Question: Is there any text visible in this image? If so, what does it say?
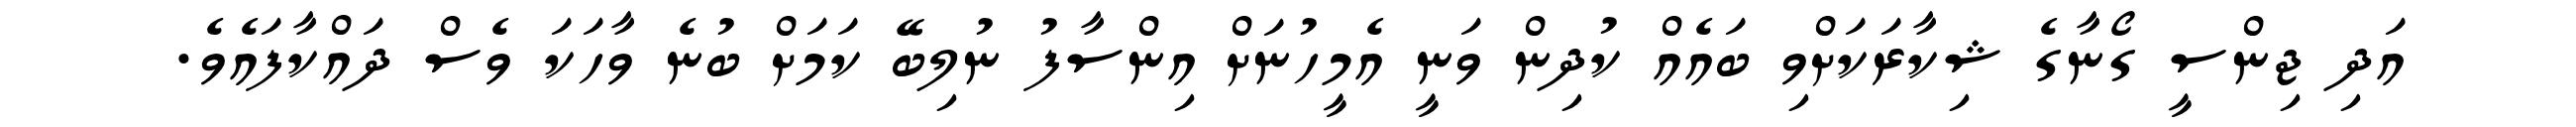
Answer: އަދި ޖިންސީ ގޯނާގެ ޝިކާރަކަށްވި ބައެއް ކުދިން ވަނީ އެމީހުނަށް އިންސާފު ނުލިބޭ ކަމަށް ބުނެ ވާހަކަ ވެސް ދައްކާފައެވެ.